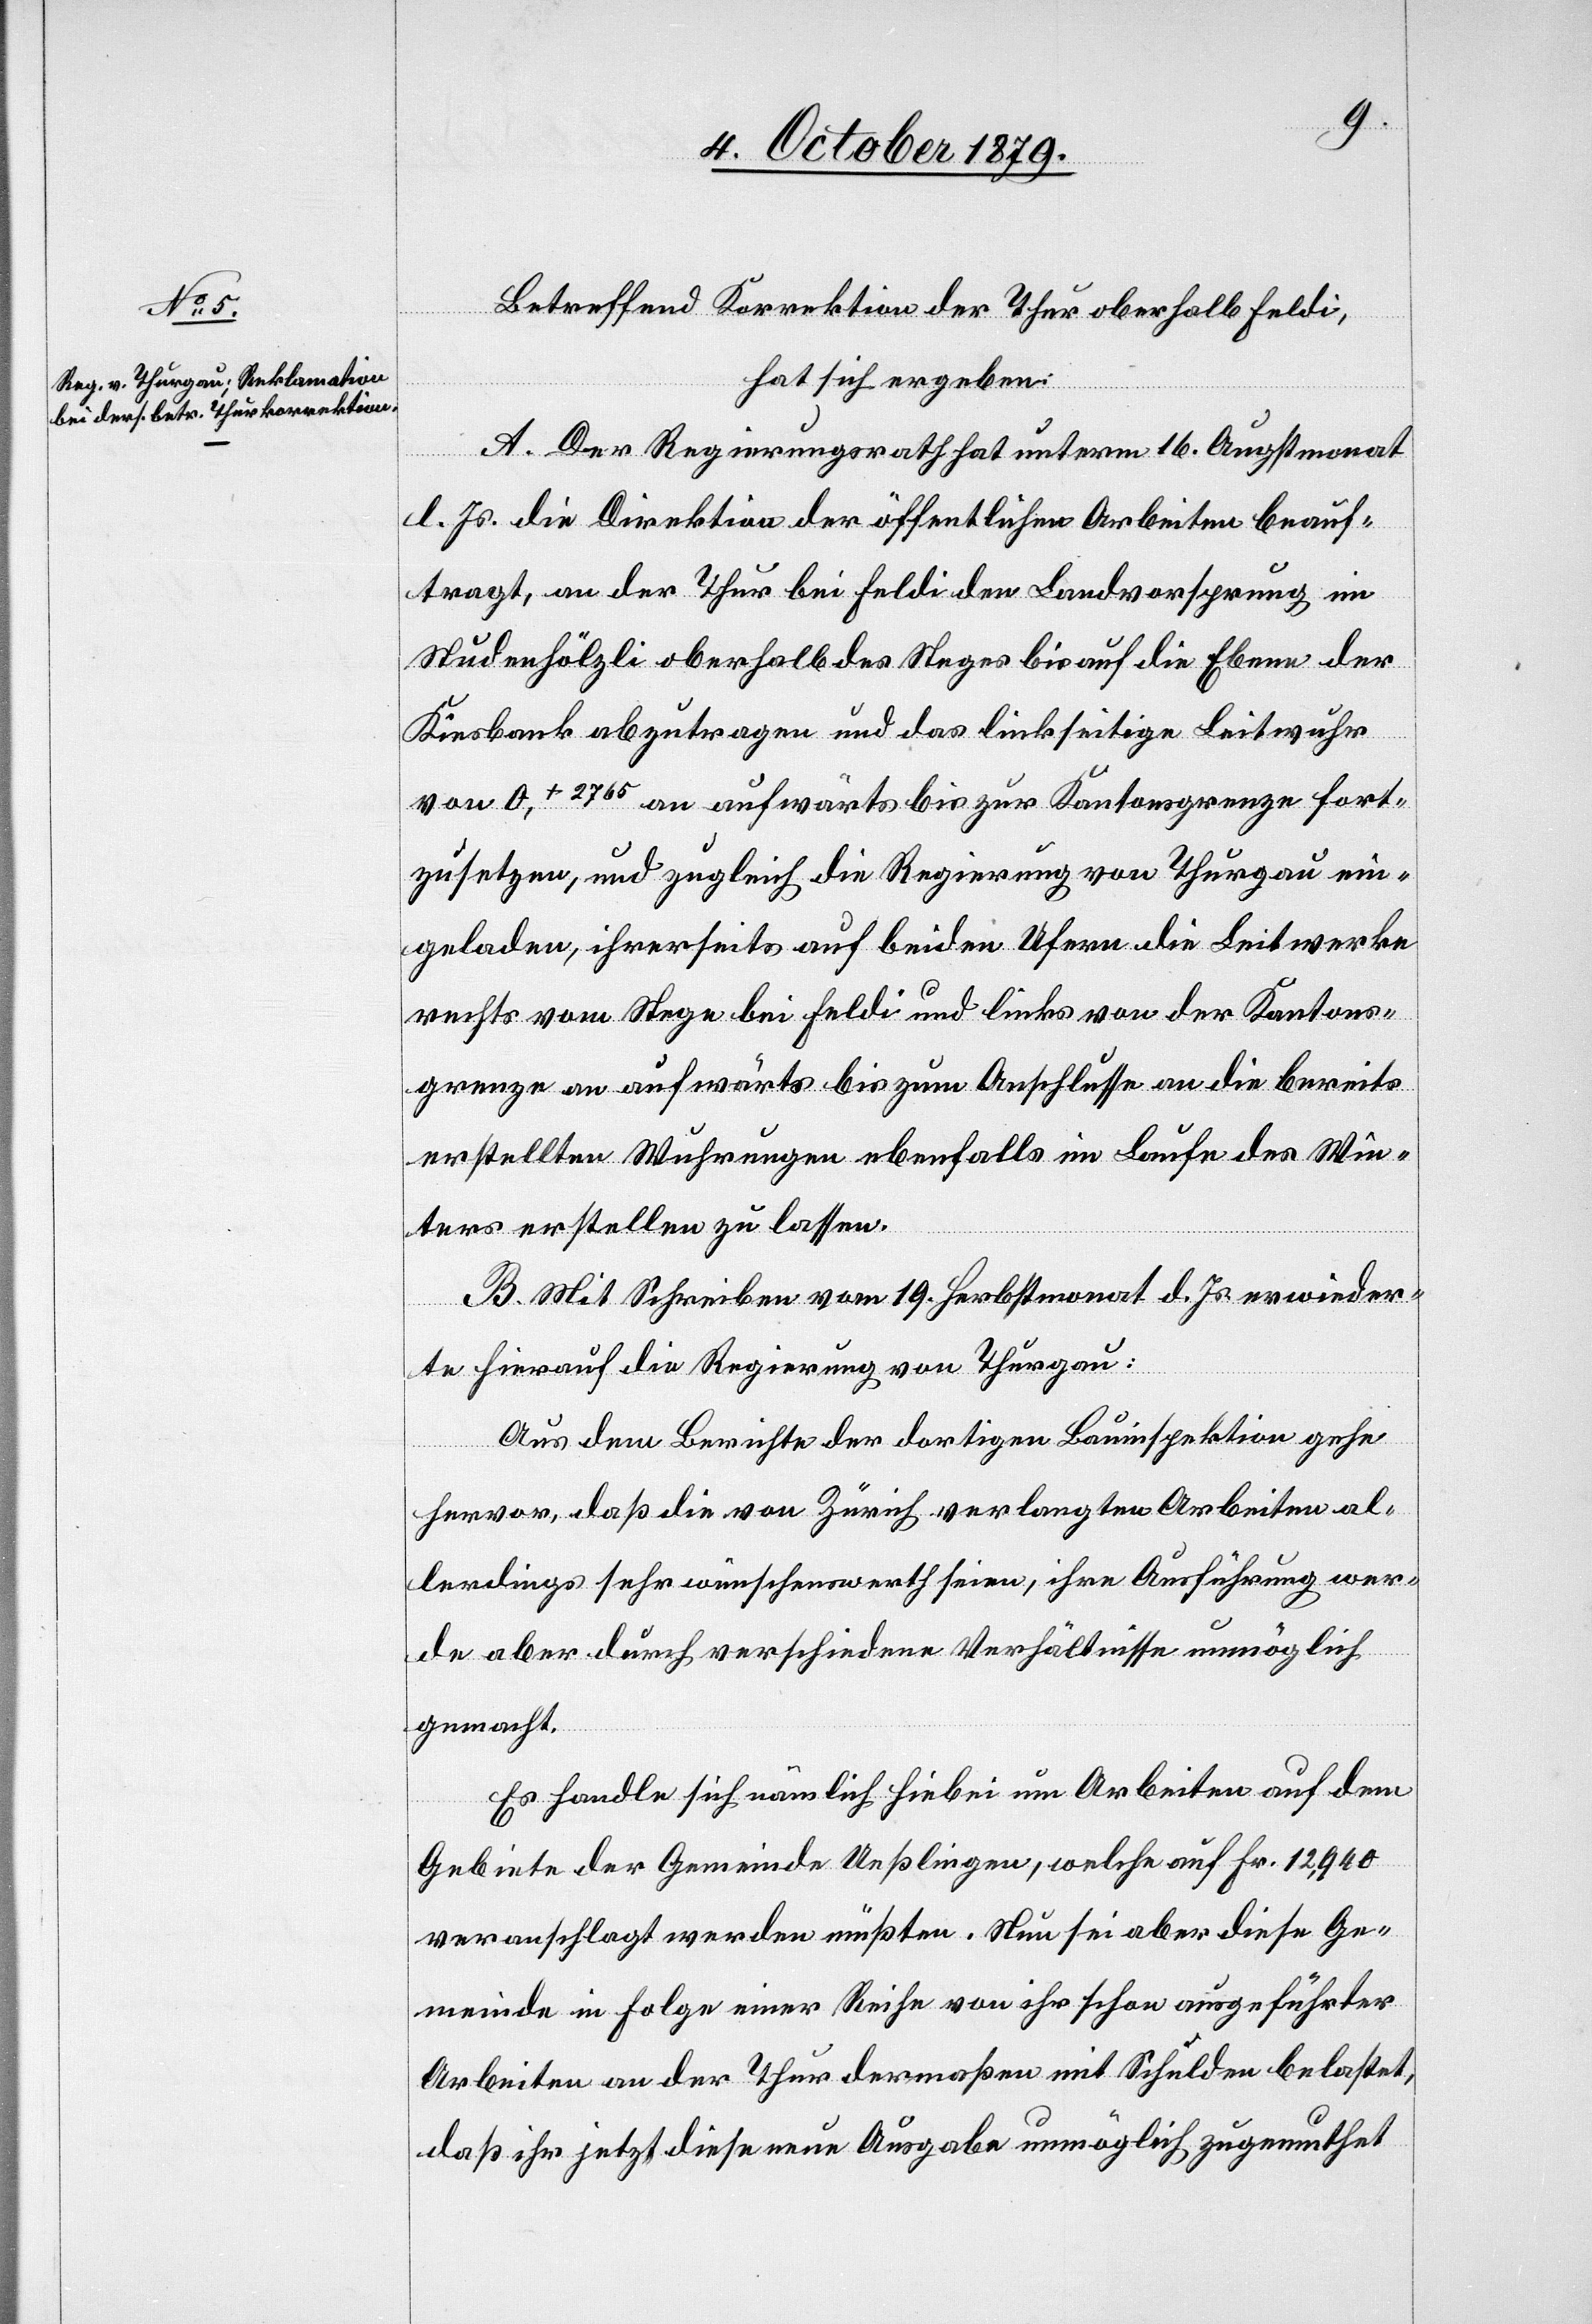
Betreffend Korrektion der Thur oberhalb Feldi,
hat sich ergeben:
A. Der Regierungsrath hat unterm 16. Augstmonat
gl. Js. die Direktion der öffentlichen Arbeiten beauf¬
tragt, an der Thur bei Feldi den Landvorsprung im
Studenhölzli oberhalb des Steges bis auf die Ebene der
Kiesbank abzutragen und der linkseitige Leitwuhr
von O,+ 2765 an aufwärts bis zur Kantonsgrenze fort¬
zusetzen, und zugleich die Regierung von Thurgau ein¬
geladen, ihrerseits auf beiden Ufern die Leitwerke
rechts vom Stege bei Feldi und links von der Kantons¬
grenze an aufwärts bis zum Anschlusse an die bereits
erstellten Wuhrungen ebenfalls im Laufe des Win¬
ters erstellen zu lassen.
B. Mit Schreiben vom 19. Herbstmonat d. Js. erwieder¬
te hierauf die Regierung von Thurgau:
Aus dem Berichte der dortigen Bauinspektion gehe
hervor, daß die von Zürich verlangten Arbeiten al¬
lerdings sehr wünschenswerth seien, ihre Ausführung wer¬
de aber durch verschiedene Verhältnisse unmöglich
gemacht.
Es handle sich nämlich hiebei um Arbeiten auf dem
Gebiete der Gemeinde Ueßlingen, welche auf Fr. 12,940
veranschlagt werden müßten. Nun sei aber diese Ge¬
meinde in Folge einer Reihe von ihr schon ausgeführter
Arbeiten an der Thur dermaßen mit Schulden belastet,
daß ihr jetzt diese neue Ausgabe unmöglich zugemuthet